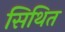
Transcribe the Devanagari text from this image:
सिथित